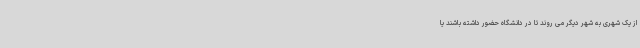
از یک شهری به شهر دیگر می روند تا در دانشگاه حضور داشته باشند یا